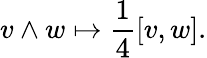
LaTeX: v\wedge w\mapsto{\frac{1}{4}}[v,w].